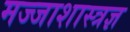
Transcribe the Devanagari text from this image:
मज्जाशास्त्रज्ञ